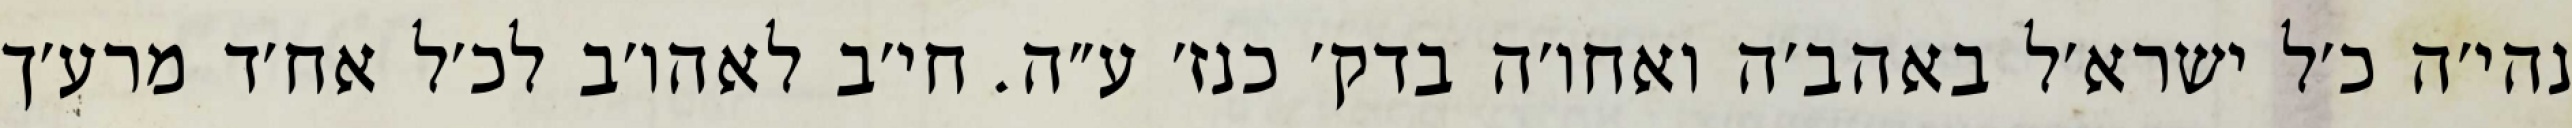
נהי׳ה כ׳ל ישרא׳ל באהב׳ה ואחו׳ה בדק׳ כנז׳ ע״ה. חי׳ב לאהו׳ב לכ׳ל אח׳ד מרע׳ך